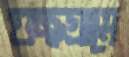
গুচ্ছগ্রামে